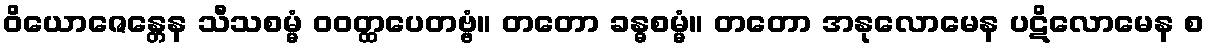
ဝိယောဇေန္တေန သီသစမ္မံ ဝဝတ္ထပေတဗ္ဗံ။ တတော ခန္ဓစမ္မံ။ တတော အနုလောမေန ပဋိလောမေန စ